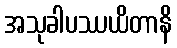
အသုခါပဿယိတာနိ